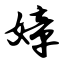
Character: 嫜